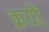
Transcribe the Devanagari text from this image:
क्रयों